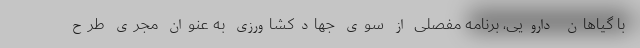
با گیاهان دارویی، برنامه مفصلی از سوی جهادکشاورزی به عنوان مجری طرح